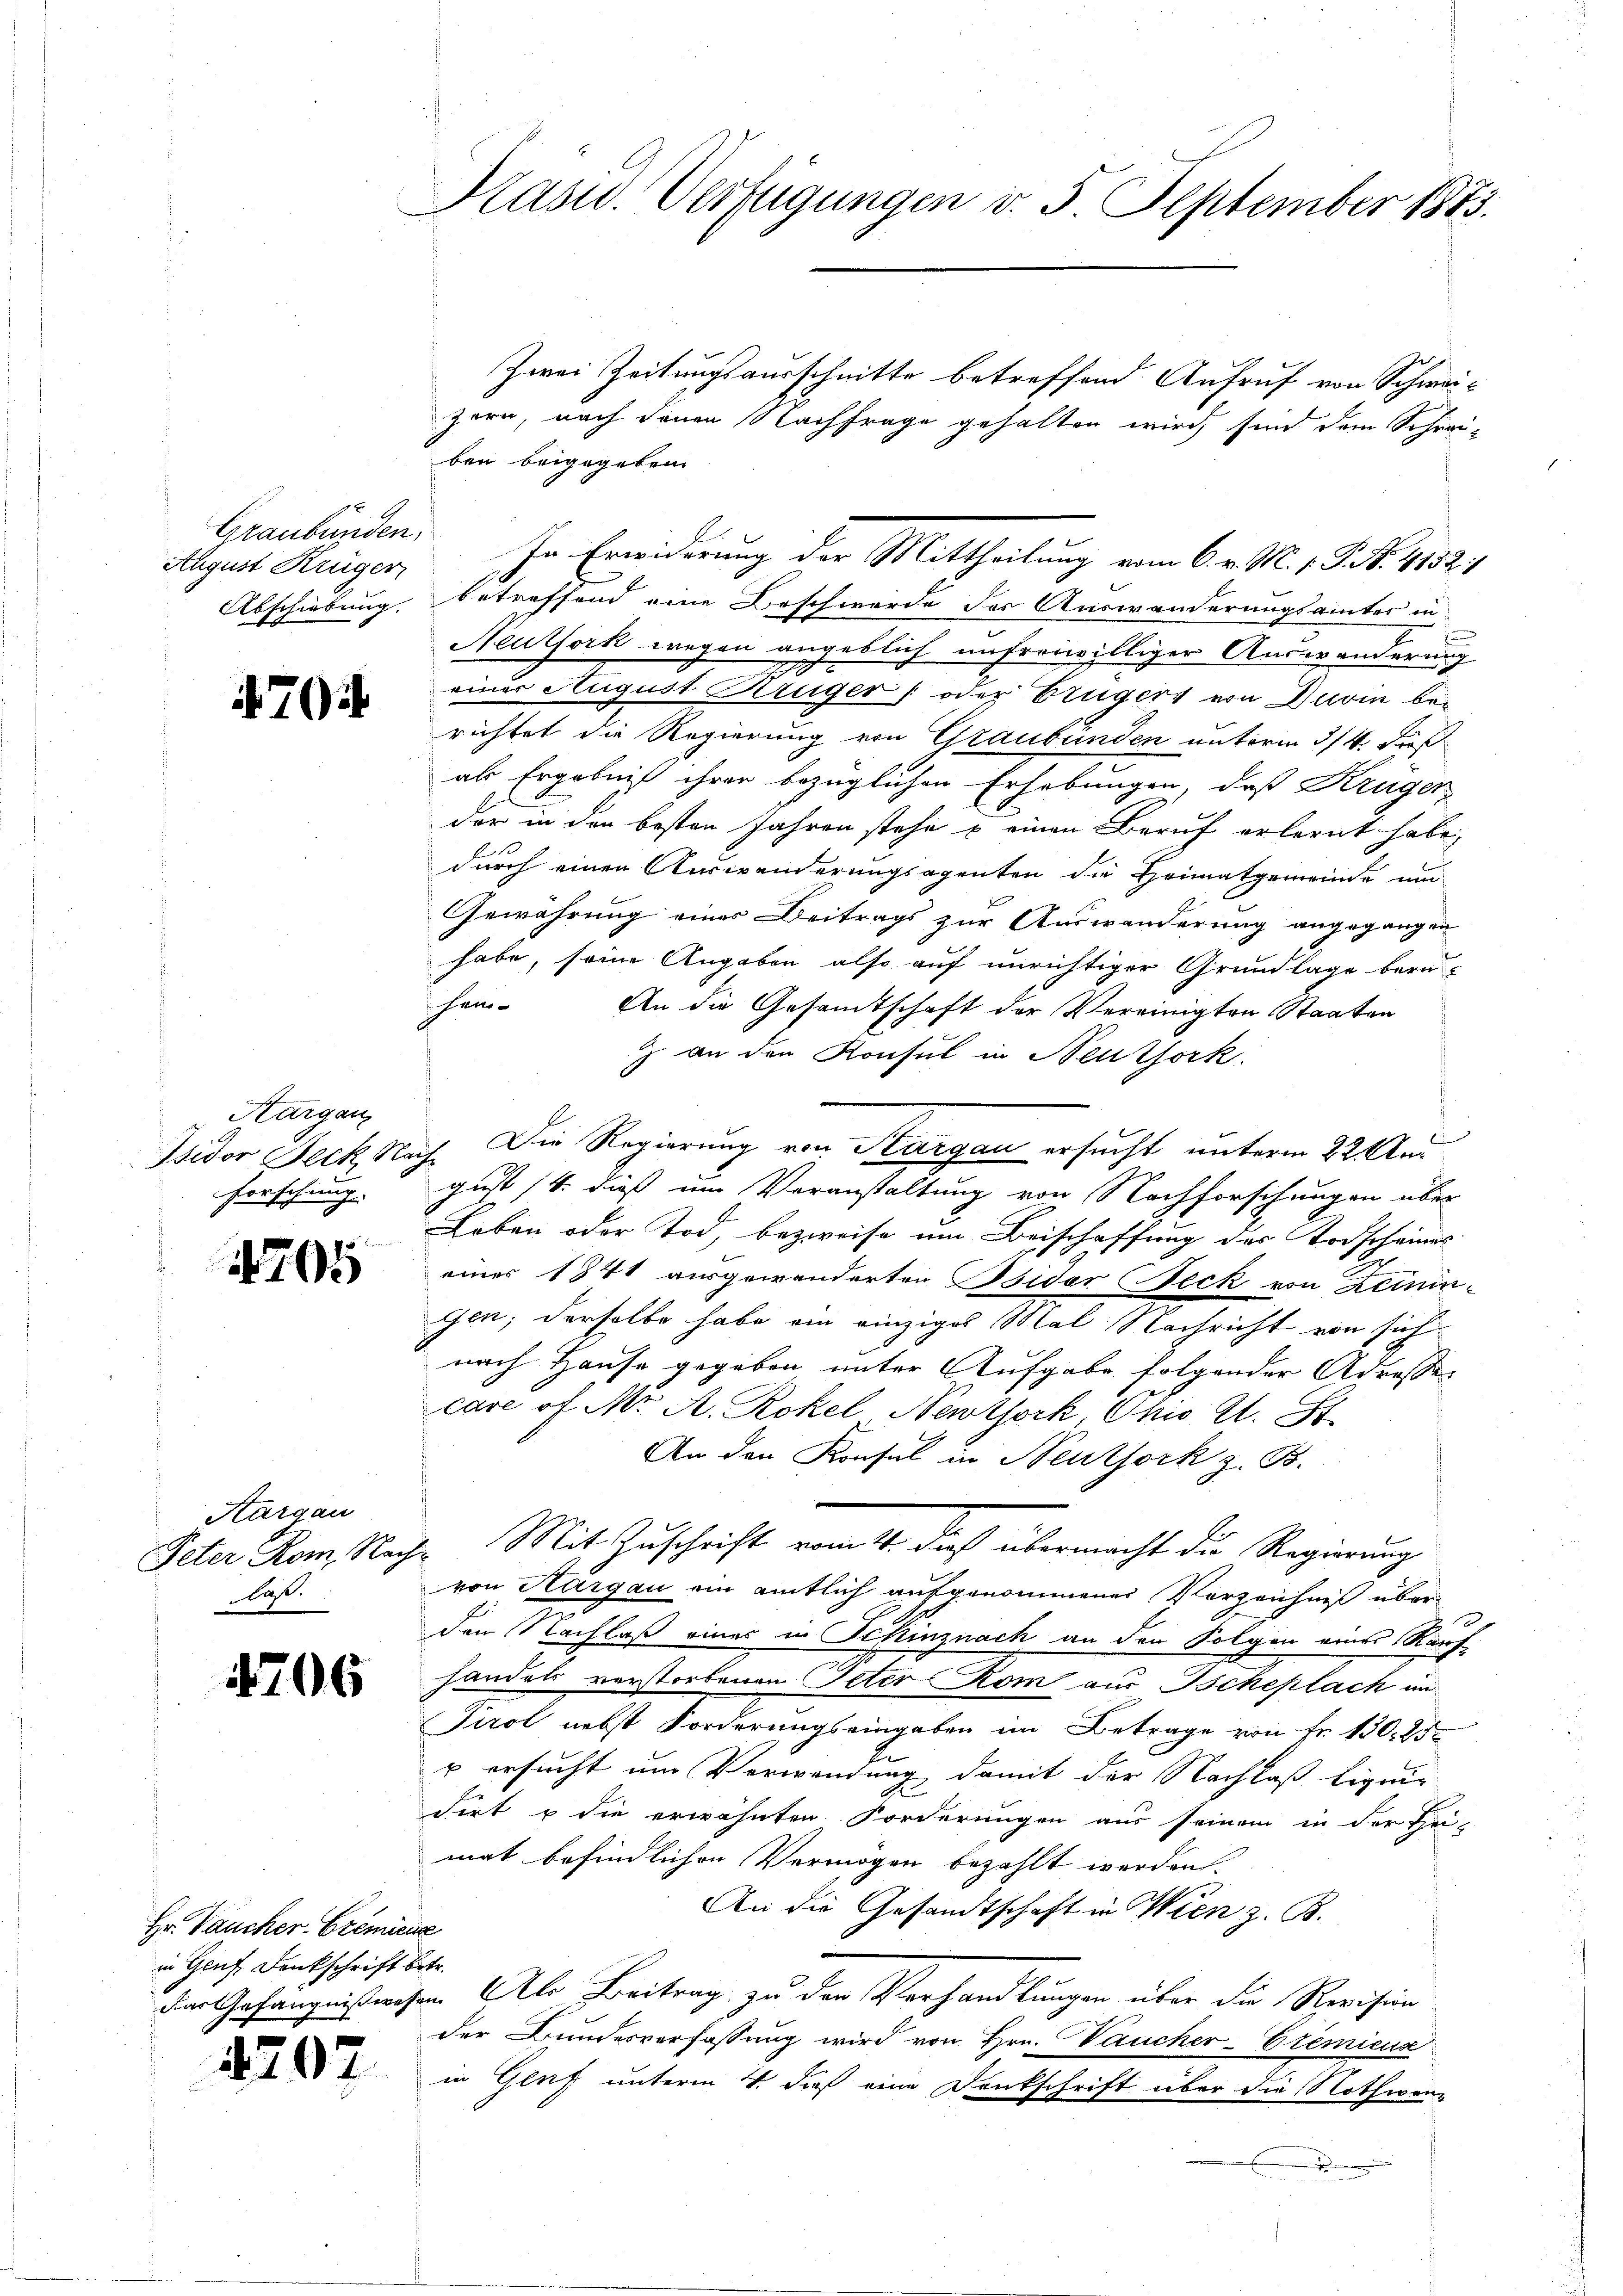
Graubünden.
August Krüger
Abschiebung.

70

Aargau
Isidor Beck No¬
Forschung.

1205

Aargau
Peter Rom, Nach
Last.

4706

Hr. Vaucker. Gremiene
in Genf. Dankschrift be¬

2207

Kasw. Verfügungen d. 5 September 1883.

Zwei Zeitungsausschnitte betreffend Aufruf von Schweizern, nach denen Nachfrage gehalten wird, sind dem Schreiben beigegeben.
betreffend eine Beschwerde des Auswanderungsamtes in
Neuthork wegen angeblich unfreiwilliger Auswanderung
einer August Krüger (oder Brügers von Duvin be-
richtet die Regierung von Graubünden unterm 3/4. dieß
als Ergebniß ihrer bezüglichen Erhebungen, daß Krüger
der in den besten Jahren stehe u einen Beruf erlernt habe,
durch einen Auswanderungsagenten die Heimatgemeinde und
Gewährung eines Beitrags zur Auswanderung angegangen
habe, seine Angaben also auf unrichtiger Grundlage bern-
 F. Herrs
An die Gesamtschaft der Vereinigten Staaten
 an den Konsul in Neuthork
Die Regierung von Sargau ersucht unterm 22. Am
d
gust 14. dieß um Veranstaltung von Nachforschungen über
Loben oder Tod, bezweife um Beischaffung der Todscheines
eines 1841 ausgewanderten Bsider Feck von Zeinin-
gen; derselbe habe ein einziges Mal Nachricht von sich
nach Hause gegeben unter Aufgabe folgender Adresse
care of Mr. A. Rokel, Neuthork, Chi E. St.
An den Konsul in Neuthork z. B.
 Mit Zuschrift vom 4. dieß übermacht die Regierung
von Aargau ein amtlich aufgenommener Verzeichniß überden Nachlaß einer in Schinznach an den Folgen eines Kär
handels verstorbenen Peter Rom aus Tscheplach un
Tirol nebst Forderungseingaben im Betrage von Fr. 130. 250
r ersucht um Verwendung damit der Nachlaß ligen
dirt u die erwähnten Forderungen aus seinem in der Sei-
mat befindlichen Vermögen bezahlt werden.
An die Gesandtschaft in Wien z. B.
Fr.
der Gefängnißwesen. Als Beitrag zu der Verhandlungen über die Revision
der Bundesverfassung wird von Hrn. Vaucher-Eremieux
in Gluf unterm 4. dieß eine Dankschrift über die Nothwen¬

In Erwiderung der Mittheilung vom 6. v. M. v. J. N. 1152.